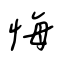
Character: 悔